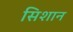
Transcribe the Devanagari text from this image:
सिशान